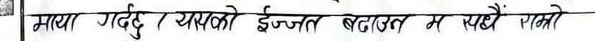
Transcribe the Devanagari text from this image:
माया गर्दै / यसको इज्जत बढाउ म पहिल राखौं